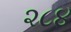
૨૮૪